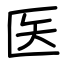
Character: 医